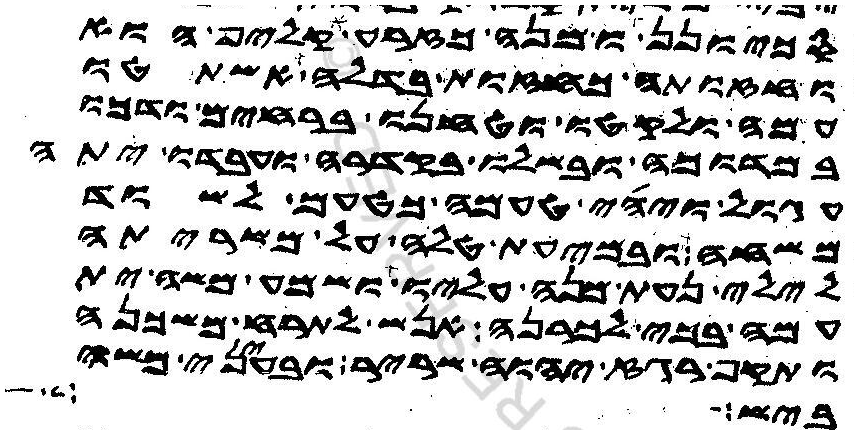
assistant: סכיונן ומנה כזרע קליף הוא
וחזותה כחזות בדלה אשתטו
עמה ולקטו וטחנו ברחים ודכו
במדוכה ובשלו בקדרה ועבדו יתה
עגול ויהי טעמה כטעם לשוד
משחה ובמעית טלה על משריתה
לילי נעת מנה עליו ושמע משה ית
עמה בכי לכרנה אנש לתרח משכנה
ותקף רגז יהוה שריר ובעיני משה
ביש